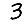
Digit: 3